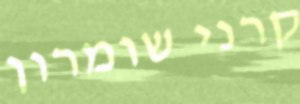
קרני שומרון